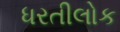
ધરતીલોક